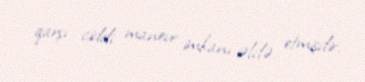
qarşı ciddi manevr imkanı əldə etmişdir.